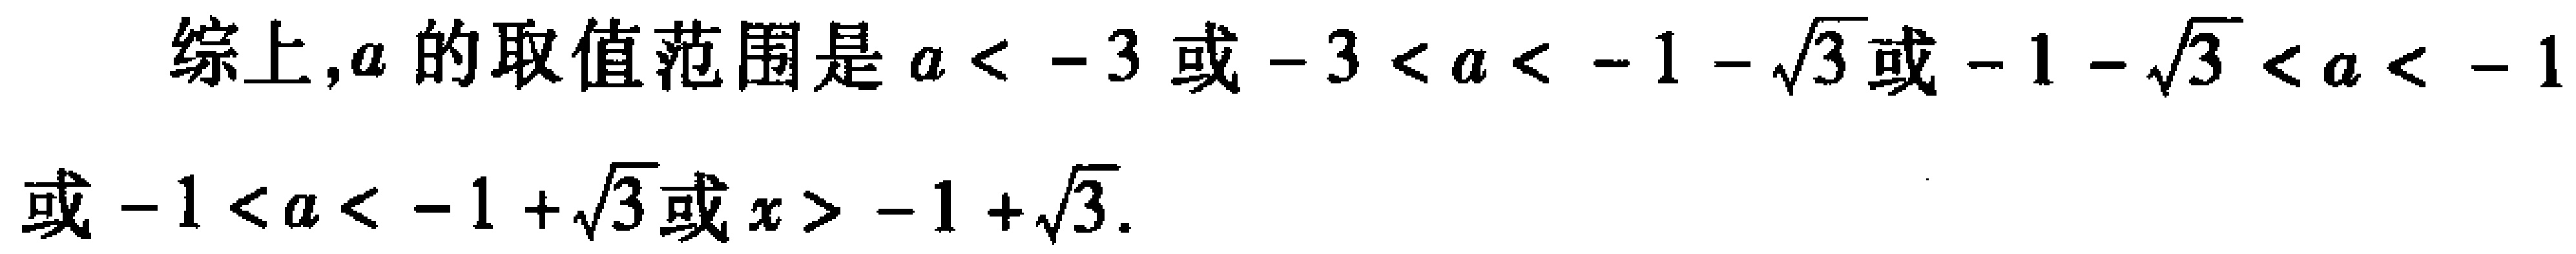
综上,$a$的取值范围是\(a < -3\)或\(-3 < a < -1 - \sqrt{3}\)或\(-1 - \sqrt{3} < a < -1\)或\(-1 < a < -1 + \sqrt{3}\)或\(x > -1 + \sqrt{3}\).